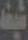
شيخ